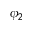
\phi _ { 2 }